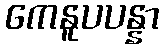
ကေနူပပန္နာ